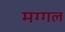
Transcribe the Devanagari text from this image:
मग्गल